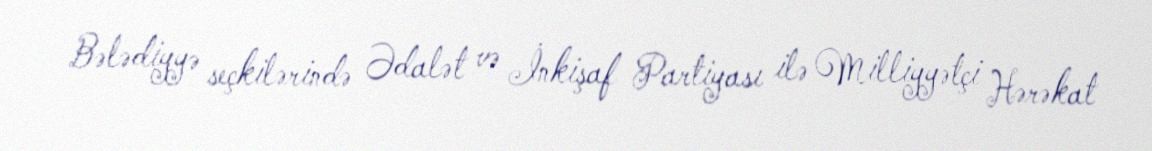
Bələdiyyə seçkilərində Ədalət və İnkişaf Partiyası ilə Milliyyətçi Hərəkat